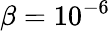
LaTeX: \beta=10^{-6}